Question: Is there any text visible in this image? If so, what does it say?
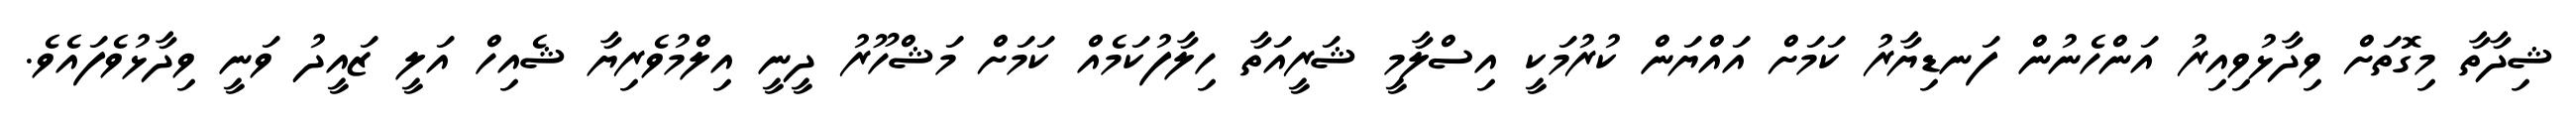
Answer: ޝިދާތާ މިގޮތަށް ވިދާޅުވިއިރު އަންހެނުން ފަނޑިޔާރު ކަމަށް އައްޔަން ކުރުމަކީ އިސްލާމީ ޝަރީއަތާ ހިލާފުކަމެއް ކަމަށް މަޝްހޫރު ދީނީ އިލްމުވެރިޔާ ޝެއިހް އަލީ ޒައީދު ވަނީ ވިދާޅުވެފައެވެ.